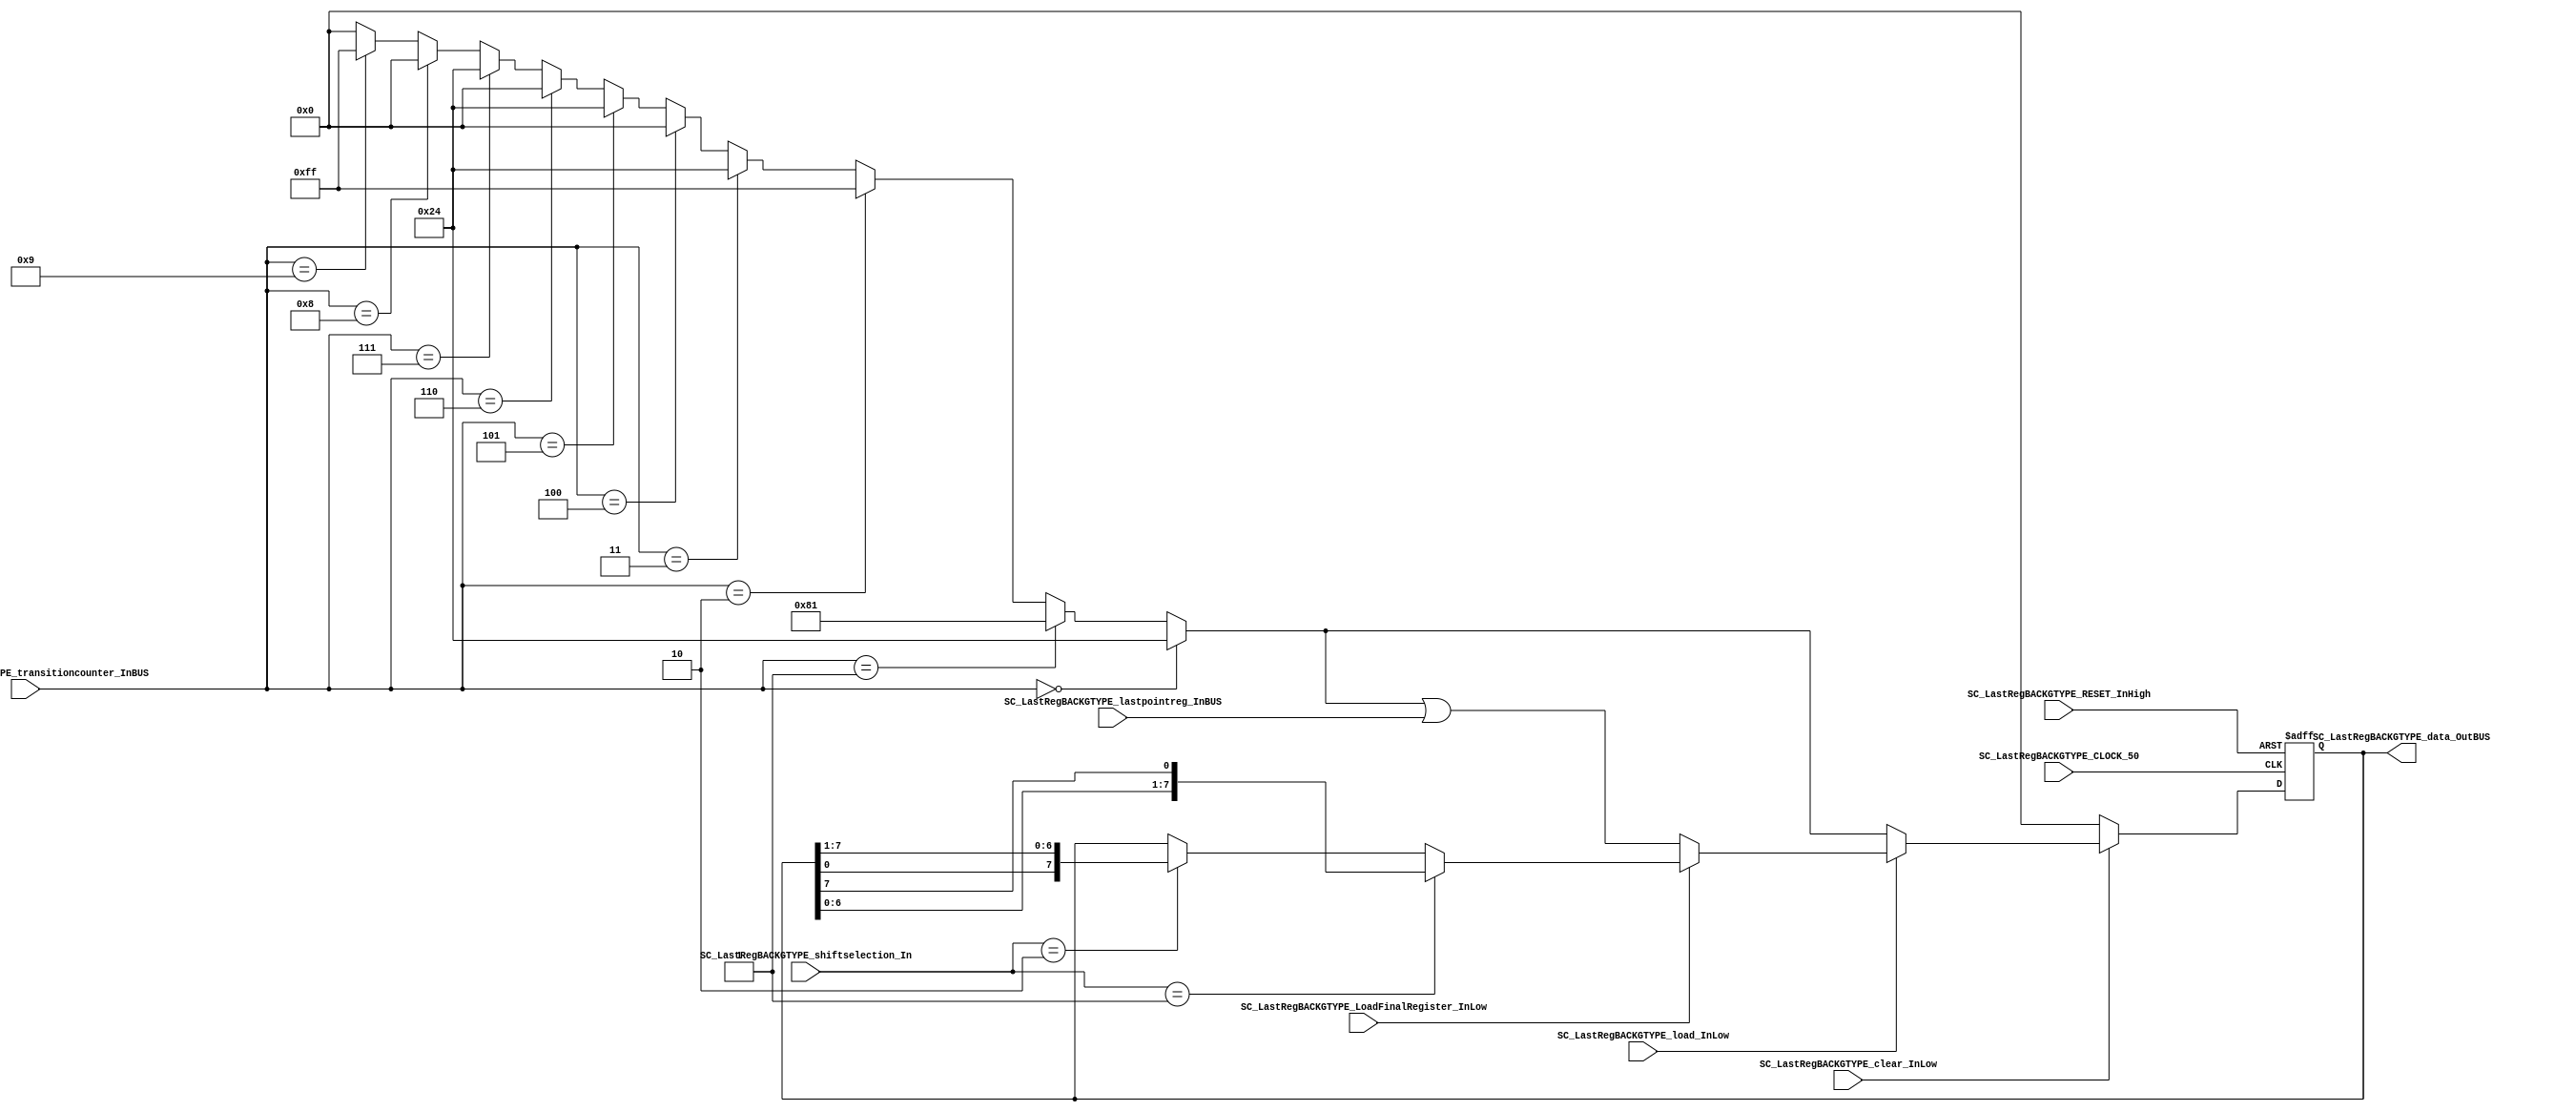
/*######################################################################
//#	G0B1T: HDL EXAMPLES. 2018.
//######################################################################
//# Copyright (C) 2018. F.E.Segura-Quijano (FES) fsegura@uniandes.edu.co
//# 
//# This program is free software: you can redistribute it and/or modify
//# it under the terms of the GNU General Public License as published by
//# the Free Software Foundation, version 3 of the License.
//#
//# This program is distributed in the hope that it will be useful,
//# but WITHOUT ANY WARRANTY; without even the implied warranty of
//# MERCHANTABILITY or FITNESS FOR A PARTICULAR PURPOSE.  See the
//# GNU General Public License for more details.
//#
//# You should have received a copy of the GNU General Public License
//# along with this program.  If not, see <http://www.gnu.org/licenses/>
//####################################################################*/
//=======================================================
//  MODULE Definition
//=======================================================
module SC_LastRegBACKGTYPE #(parameter RegBACKGTYPE_DATAWIDTH=8,
								 parameter DATA_FIXED_INITREGBACKG=8'b00000000,    				 //Losing parameter
								 parameter DATA_FIXED_START_INITREGBACKG=8'b00100100,	   		 //START
								 parameter DATA_FIXED_Transition1_INITREGBACKG=8'b10000001,	    //Transition NIVEL 1
								 parameter DATA_FIXED_LEVEL1REGBACKG=8'b11111111,
								 parameter DATA_FIXED_Transition2_INITREGBACKG=8'b00100100,	    //Transition NIVEL 2
								 parameter DATA_FIXED_LEVEL2REGBACKG=8'b00000000,
								 parameter DATA_FIXED_Transition3_INITREGBACKG=8'b00100100,	    //Transition NIVEL 3
								 parameter DATA_FIXED_LEVEL3REGBACKG=8'b00000000,
								 parameter DATA_FIXED_Transition4_INITREGBACKG=8'b00100100,	    //Transition NIVEL4
								 parameter DATA_FIXED_LEVEL4REGBACKG=8'b00000000,
								 parameter DATA_FIXED_WINNING_INITREGBACKG=8'b11111111)(			 //Winning 
	//////////// OUTPUTS //////////
	SC_LastRegBACKGTYPE_data_OutBUS,
	//////////// INPUTS //////////
	SC_LastRegBACKGTYPE_CLOCK_50,
	SC_LastRegBACKGTYPE_RESET_InHigh,
	SC_LastRegBACKGTYPE_clear_InLow, 
	SC_LastRegBACKGTYPE_load_InLow, 
	SC_LastRegBACKGTYPE_shiftselection_In,
	SC_LastRegBACKGTYPE_transitioncounter_InBUS,
	SC_LastRegBACKGTYPE_lastpointreg_InBUS,
	SC_LastRegBACKGTYPE_LoadFinalRegister_InLow
);
//=======================================================
//  PARAMETER declarations
//=======================================================

//=======================================================
//  PORT declarations
//=======================================================
output		[RegBACKGTYPE_DATAWIDTH-1:0]	SC_LastRegBACKGTYPE_data_OutBUS;
input		SC_LastRegBACKGTYPE_CLOCK_50;
input		SC_LastRegBACKGTYPE_RESET_InHigh;
input		SC_LastRegBACKGTYPE_clear_InLow;
input		SC_LastRegBACKGTYPE_load_InLow;	
input		[1:0] SC_LastRegBACKGTYPE_shiftselection_In;
input		[3:0] SC_LastRegBACKGTYPE_transitioncounter_InBUS;
input		[RegBACKGTYPE_DATAWIDTH-1:0]	SC_LastRegBACKGTYPE_lastpointreg_InBUS;
input		SC_LastRegBACKGTYPE_LoadFinalRegister_InLow;

//=======================================================
//  REG/WIRE declarations
//=======================================================
reg [RegBACKGTYPE_DATAWIDTH-1:0] LastRegBACKGTYPE_Register;
reg [RegBACKGTYPE_DATAWIDTH-1:0] LastRegBACKGTYPE_Signal;
reg [RegBACKGTYPE_DATAWIDTH-1:0] LastRegBACKGTYPE_Level;
//=======================================================
//  Structural coding
//=======================================================
//INPUT LOGIC: COMBINATIONAL
always @(*)
begin
	if (SC_LastRegBACKGTYPE_transitioncounter_InBUS == 4'b0000)
		LastRegBACKGTYPE_Level = DATA_FIXED_START_INITREGBACKG;
	else if (SC_LastRegBACKGTYPE_transitioncounter_InBUS == 4'b0001)
		LastRegBACKGTYPE_Level = DATA_FIXED_Transition1_INITREGBACKG;
	else if (SC_LastRegBACKGTYPE_transitioncounter_InBUS == 4'b0010)
		LastRegBACKGTYPE_Level = DATA_FIXED_LEVEL1REGBACKG;
	else if (SC_LastRegBACKGTYPE_transitioncounter_InBUS == 4'b0011)
		LastRegBACKGTYPE_Level = DATA_FIXED_Transition2_INITREGBACKG;
	else if (SC_LastRegBACKGTYPE_transitioncounter_InBUS == 4'b0100)
		LastRegBACKGTYPE_Level = DATA_FIXED_LEVEL2REGBACKG;
	else if (SC_LastRegBACKGTYPE_transitioncounter_InBUS == 4'b0101)
		LastRegBACKGTYPE_Level = DATA_FIXED_Transition3_INITREGBACKG;
	else if (SC_LastRegBACKGTYPE_transitioncounter_InBUS == 4'b0110)
		LastRegBACKGTYPE_Level = DATA_FIXED_LEVEL3REGBACKG;
	else if (SC_LastRegBACKGTYPE_transitioncounter_InBUS == 4'b0111)
		LastRegBACKGTYPE_Level = DATA_FIXED_Transition4_INITREGBACKG;
	else if (SC_LastRegBACKGTYPE_transitioncounter_InBUS == 4'b1000)
		LastRegBACKGTYPE_Level = DATA_FIXED_LEVEL4REGBACKG;
	else if (SC_LastRegBACKGTYPE_transitioncounter_InBUS == 4'b1001)
		LastRegBACKGTYPE_Level = DATA_FIXED_WINNING_INITREGBACKG;	
	else
		LastRegBACKGTYPE_Level = 8'b00000000;

	if (SC_LastRegBACKGTYPE_clear_InLow == 1'b0)
		LastRegBACKGTYPE_Signal = DATA_FIXED_INITREGBACKG;
	else if (SC_LastRegBACKGTYPE_load_InLow == 1'b0)
		LastRegBACKGTYPE_Signal = LastRegBACKGTYPE_Level;
	else if (SC_LastRegBACKGTYPE_LoadFinalRegister_InLow == 1'b0)
		LastRegBACKGTYPE_Signal = LastRegBACKGTYPE_Level | SC_LastRegBACKGTYPE_lastpointreg_InBUS;
	else if (SC_LastRegBACKGTYPE_shiftselection_In == 2'b01)
		LastRegBACKGTYPE_Signal = {LastRegBACKGTYPE_Register[RegBACKGTYPE_DATAWIDTH-2:0],LastRegBACKGTYPE_Register[RegBACKGTYPE_DATAWIDTH-1]};
	else if (SC_LastRegBACKGTYPE_shiftselection_In== 2'b10)
		LastRegBACKGTYPE_Signal = {LastRegBACKGTYPE_Register[0],LastRegBACKGTYPE_Register[RegBACKGTYPE_DATAWIDTH-1:1]};
	else
		LastRegBACKGTYPE_Signal = LastRegBACKGTYPE_Register;
	end	
//STATE REGISTER: SEQUENTIAL
always @(posedge SC_LastRegBACKGTYPE_CLOCK_50, posedge SC_LastRegBACKGTYPE_RESET_InHigh)
begin
	if (SC_LastRegBACKGTYPE_RESET_InHigh == 1'b1)
		LastRegBACKGTYPE_Register <= 0;
	else
		LastRegBACKGTYPE_Register <= LastRegBACKGTYPE_Signal;
end
//=======================================================
//  Outputs
//=======================================================
//OUTPUT LOGIC: COMBINATIONAL
assign SC_LastRegBACKGTYPE_data_OutBUS = LastRegBACKGTYPE_Register;

endmodule